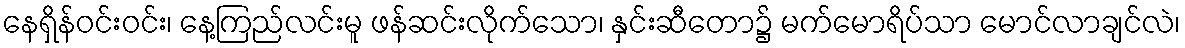
နေရှိန်ဝင်းဝင်း၊ နေ့ကြည်လင်းမူ ဖန်ဆင်းလိုက်သော၊ နှင်းဆီတော၌ မက်မောရိပ်သာ မောင်လာချင်လဲ၊